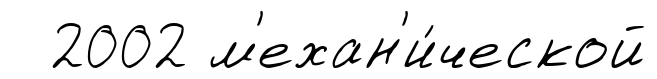
2002 м'ехан'и́ческой